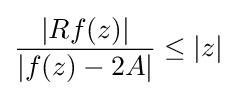
{\frac {|Rf(z)|}{|f(z)-2A|}}\leq |z|